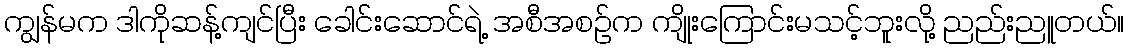
ကျွန်မက ဒါကိုဆန့်ကျင်ပြီး ခေါင်းဆောင်ရဲ့ အစီအစဉ်က ကျိုးကြောင်းမသင့်ဘူးလို့ ညည်းညူတယ်။